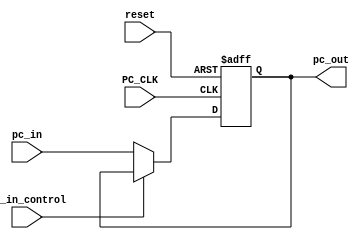
module pc(
input PC_CLK,
input reset,
input pc_in_control,
input [31:0] pc_in,
output reg [31:0] pc_out
    );
    
    always @(negedge PC_CLK or posedge reset)// or 
    begin
        if(reset==1'b1)
            pc_out<=32'h00400000;
        else
        begin
            if(pc_in_control==1'b0)
            pc_out<=pc_in;
            else
            begin
            
            end
        end   
    end

endmodule